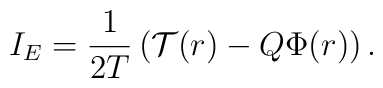
I_E=\frac{1}{2 T}\left(\mathcal{T}(r)- Q \Phi(r) \right).